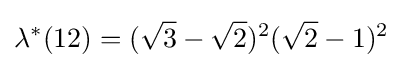
\lambda ^{*}(12)=({\sqrt {3}}-{\sqrt {2}})^{2}({\sqrt {2}}-1)^{2}